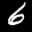
Label: 6